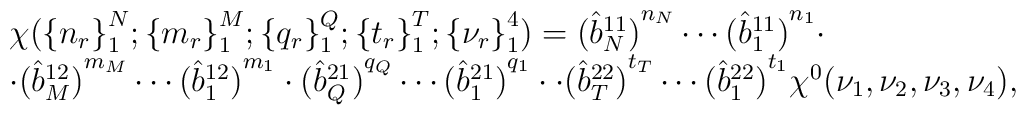
\begin{array}{l}\chi({\{n_{r}\}}^{N}_{1};{\{m_{r}\}}^{M}_{1};{\{q_{r}\}}^{Q}_{1};{\{t_{r}\}}^{T}_{1};{\{\nu_{r}\}}^{4}_{1})={(\hat{b}_{N}^{11})}^{n_{\scriptscriptstyle N}}\cdots{(\hat{b}_{1}^{11})}^{n_{1}}\cdot\\ \cdot {(\hat{b}_{M}^{12})}^{m_{\scriptscriptstyle M}}\cdots{(\hat{b}_{1}^{12})}^{m_{1}}\cdot{(\hat{b}_{Q}^{21})}^{q_{\scriptscriptstyle Q}}\cdots{(\hat{b}_{1}^{21})}^{q_{1}}\cdot\cdot{(\hat{b}_{T}^{22})}^{t_{\scriptscriptstyle T}}\cdots{(\hat{b}_{1}^{22})}^{t_{1}}\chi^{0}(\nu_{1},\nu_{2},\nu_{3},\nu_{4}),\end{array}